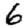
Digit: 6